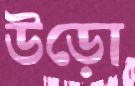
উড়ো